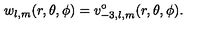
w _ { l , m } ( r , \theta , \phi ) = v _ { - 3 , l , m } ^ { \circ } ( r , \theta , \phi ) .